Vital statistics of India. Vol. V, Reports of 1876 on armies & jails and on epidemic cholera
Year: 1876
Disease focus: Cholera
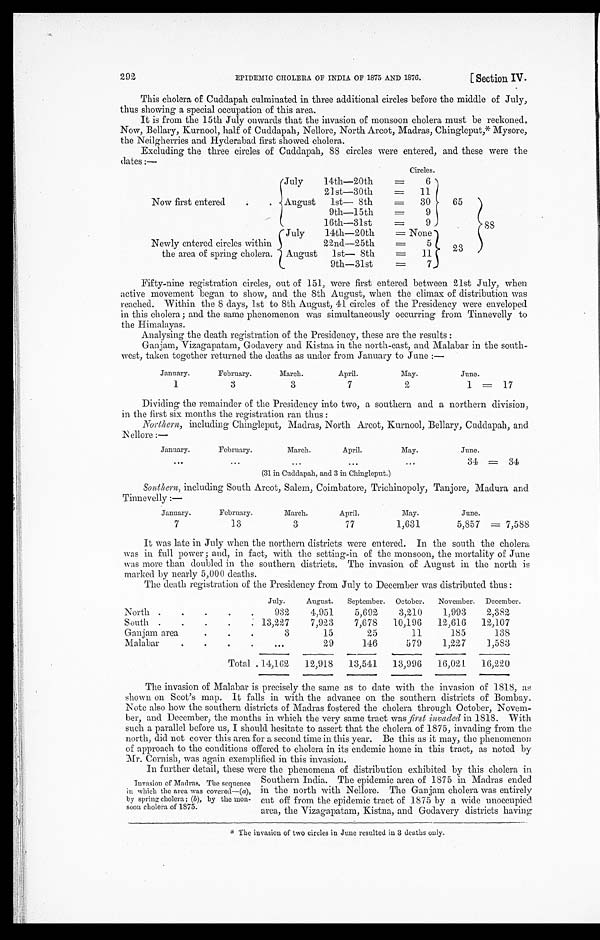
292
EPIDEMIC CHOLERA OF INDIA OF 1875 AND 1876.
[ Section IV.
This cholera of Cuddapah culminated in three additional circles before the middle of July,
thus showing a special occupation of this area.
It is from the 15th July onwards that the invasion of monsoon cholera must be reckoned.
Now, Bellary, Kurnool, half of Cuddapah, Nellore, North Arcot, Madras, Chingleput,* Mysore,
the Neilgherries and Hyderabad first showed cholera.
Excluding the three circles of Cuddapah, 88 circles were entered, and these were the
dates :—
July
14th—20th
Circles.
6
65
88
21st—30th
=
11
Now first entered
. August
1st— 8th
=
30
9th—15th
=
9
16th—31st
=
9
July
14th—20th
=
None
23
Newly entered circles within
2 2nd—25th
=
5
the area of spring cholera. August
1st— 8th
=
11
9th—31st
=
7
Fifty-nine registration circles, out of 151, were first entered between 21st July, when
active movement began to show, and the 8th August, when the climax of distribution was
reached. Within the 8 days, 1st to 8th August, 41 circles of the Presidency were enveloped
in this cholera; and the same phenomenon was simultaneously occurring from Tinnevelly to
the Himalayas.
Analysing the death registration of the Presidency, these are the results :
Ganjam, Vizagapatam, Godavery and Kistna in the north-east, and Malabar in the south-
west, taken together returned the deaths as under from January to June :—
January.
February.
March.
April.
May.
June.
=17
1
3
3
7
2
1
Dividing the remainder of the Presidency into two, a southern and a northern division,
in the first six months the registration ran thus :
Northern, including Chingleput, Madras, North Arcot, Kurnool, Bellary, Cuddapah, and
Nellore:—
January.
February.
March.
April.
May.
June.
= 34
. . .
...
...
...
...
34
(31 in Cuddapah, and 3 in Chingleput.)
Southern, including South Arcot, Salem, Coimbatore, Trichinopoly, Tanjore, Madura and
Tinnevelly:—
January.
February.
March.
April.
May.
June.
= 7,588
7
13
3
77
1,631
5,857
It was late in July when the northern districts were entered. In the south the cholera
was in full power ; and, in fact, with the setting-in of the monsoon, the mortality of June
was more than doubled in the southern districts. The invasion of August in the north is
marked by nearly 5,000 deaths.
The death registration of the Presidency from July to December was distributed thus :
North .
.
.
.
.
July.
August.
September.
October.
November.
December.
932
4,951
5,692
3,210
1,993
2,382
South .
.
.
.
. 13,227
7,923
7,678
10,196
12,616
12,107
Ganjam area.
. .
3
15
25
1 1
185
138
Malabar
. . . •
• • •
29
146
579
1,227
1,583
Total 14,162
12,918
13,541
13,996
16,021
16,220
The invasion of Malabar is precisely the same as to date with the invasion of 1818,
as shown on Scot's map. It falls in with the advance on the southern districts of Bombay.
Note also how the southern districts of Madras fostered the cholera through October, Novem-
-ber, and December, the months in which the very same tract was first invaded in 1818. With
such a parallel before us, I should hesitate to assert that the cholera of 1875, invading from the
north, did not cover this area for a second time in this year. Be this as it may, the phenomenon
of approach to the conditions offered to cholera in its endemic home in this tract, as noted by
Mr. Cornish, was again exemplified in this invasion.
In further detail, these were the phenomena of distribution exhibited by this cholera in
Invasion of Madras. The sequence
in which the area was covered—(a),
by spring cholera; (b) , by the mon-
soon cholera of 1875.
Southern India. The epidemic area of 1875 in Madras ended
in the north with Nellore. The Ganjam cholera was entirely
cut off from the epidemic tract of 1875 by a wide unoccupied
area, the Vizagapatam, Kistna, and Godavery districts having
* The invasion of two circles in June resulted in 3 deaths only.